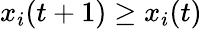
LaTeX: x_{i}(t+1)\geq x_{i}(t)